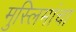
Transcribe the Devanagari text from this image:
मुस्लिमांचा